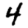
Digit: 4